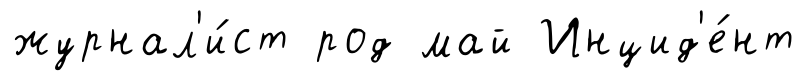
журнал'и́ст род май Инцид'е́нт